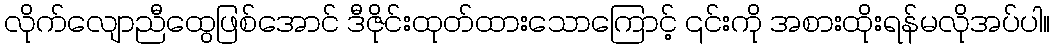
လိုက်လျောညီထွေဖြစ်အောင် ဒီဇိုင်းထုတ်ထားသောကြောင့် ၎င်းကို အစားထိုးရန်မလိုအပ်ပါ။